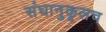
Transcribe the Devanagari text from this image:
संघानुकूलच